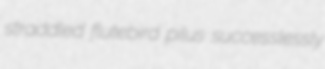
straddled flutebird pilus successlessly